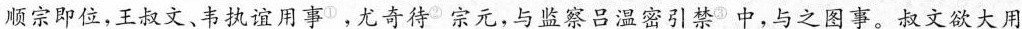
顺宗即位，王叔文、韦执谊用事^{①}。尤奇待^{②}宗元，与监察吕温密引禁^{③}中，与之图事。叔文欲大用